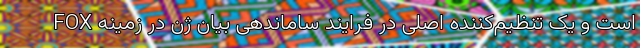
FOX است و یک تنظیم‌کننده اصلی در فرایند ساماندهی بیان ژن در زمینه